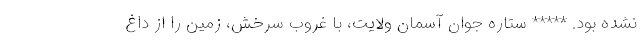
نشده بود. ***** ستاره جوان آسمان ولایت، با غروب سرخش، زمین را از داغ